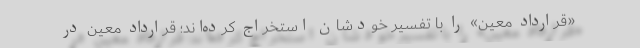
«قرارداد معین» را با تفسیر خودشان استخراج کرده‌اند؛ قرارداد معین در